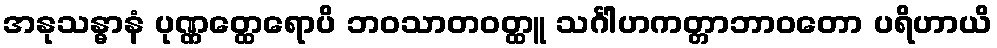
အနုသန္ဓာနံ ပုဏ္ဏတ္ထေရောပိ ဘဝသာတဝတ္ထူ သင်္ဂါဟကတ္တာဘာဝတော ပရိဟာယိ